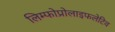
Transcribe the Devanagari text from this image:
लिम्फोप्रोलाइफलेटिव